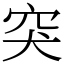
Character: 突